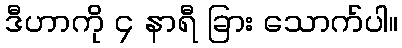
ဒီဟာကို ၄ နာရီ ခြား သောက်ပါ။